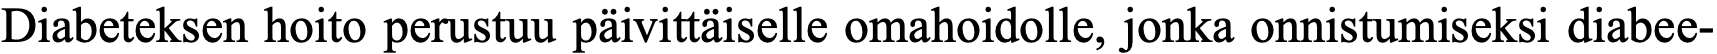
Diabeteksen hoito perustuu päivittäiselle omahoidolle, jonka onnistumiseksi diabee-